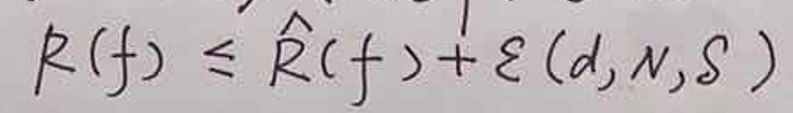
\[
R(f) \leq \hat{R}(f) + \varepsilon(d, N, \mathcal{S})
\]